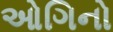
ઓગિનો